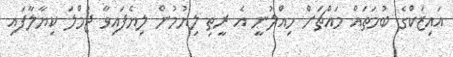
އައިޒަކްގެ ބުމަތައް މައްޗަށް ހިއްލުނީ އެ ރީތި ލިޔުމުން ލިޔެފައިވާ ޖުމްލަ ކިޔާލާފައި